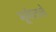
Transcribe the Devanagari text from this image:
भूर्जपत्राचे